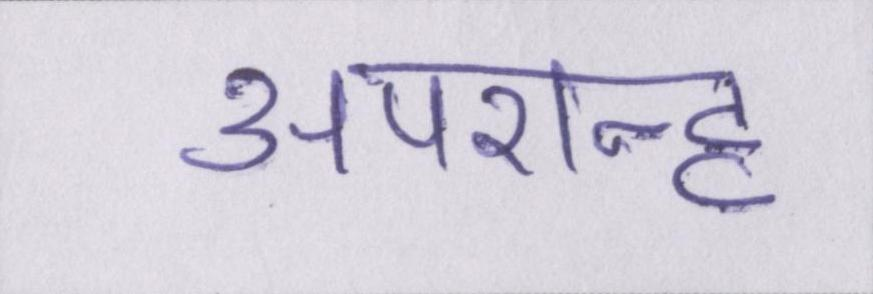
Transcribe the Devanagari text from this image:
अपरान्ह